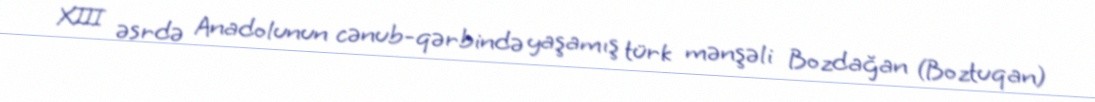
XIII əsrdə Anadolunun cənub-qərbində yaşamış türk mənşəli Bozdağan (Boztuqan)